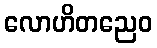
လောဟိတညေဝ